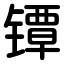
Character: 镡